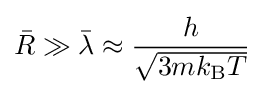
{\bar {R}}\gg {\bar {\lambda }}\approx {\frac {h}{\sqrt {3mk_{\rm {B}}T}}}